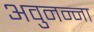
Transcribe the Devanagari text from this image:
अवुनन्ना